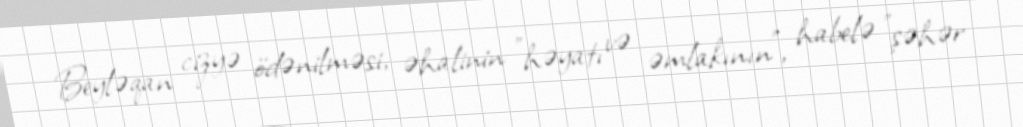
Beyləqan cizyə ödənilməsi, əhalinin "həyatı və əmlakının", habelə "şəhər